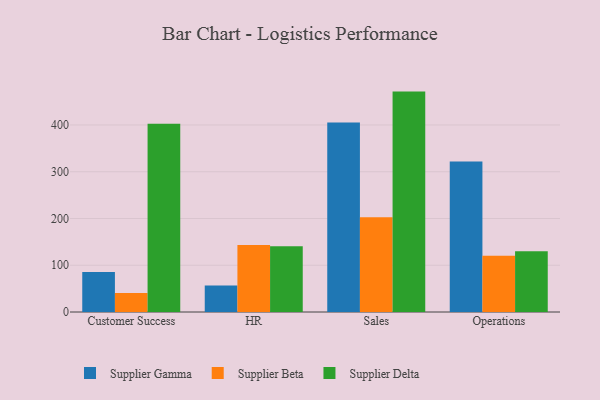
{"axis": {"x": "Department", "y": "Gross Profit (USD K)"}, "legend": ["Supplier Beta", "Supplier Delta", "Supplier Gamma"], "data": [{"x": "Customer Success", "y": 85.5, "type": "Supplier Gamma"}, {"x": "Customer Success", "y": 40.9, "type": "Supplier Beta"}, {"x": "Customer Success", "y": 402.4, "type": "Supplier Delta"}, {"x": "HR", "y": 56.7, "type": "Supplier Gamma"}, {"x": "HR", "y": 143.1, "type": "Supplier Beta"}, {"x": "HR", "y": 140.7, "type": "Supplier Delta"}, {"x": "Sales", "y": 405.4, "type": "Supplier Gamma"}, {"x": "Sales", "y": 202.8, "type": "Supplier Beta"}, {"x": "Sales", "y": 471.4, "type": "Supplier Delta"}, {"x": "Operations", "y": 321.9, "type": "Supplier Gamma"}, {"x": "Operations", "y": 120.4, "type": "Supplier Beta"}, {"x": "Operations", "y": 129.9, "type": "Supplier Delta"}]}